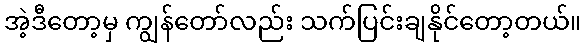
အဲ့ဒီတော့မှ ကျွန်တော်လည်း သက်ပြင်းချနိုင်တော့တယ်။